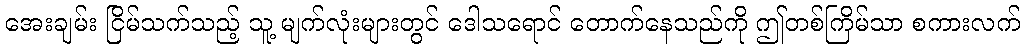
အေးချမ်း ငြိမ်သက်သည့် သူ့ မျက်လုံးများတွင် ဒေါသရောင် တောက်နေသည်ကို ဤတစ်ကြိမ်သာ စကားလက်